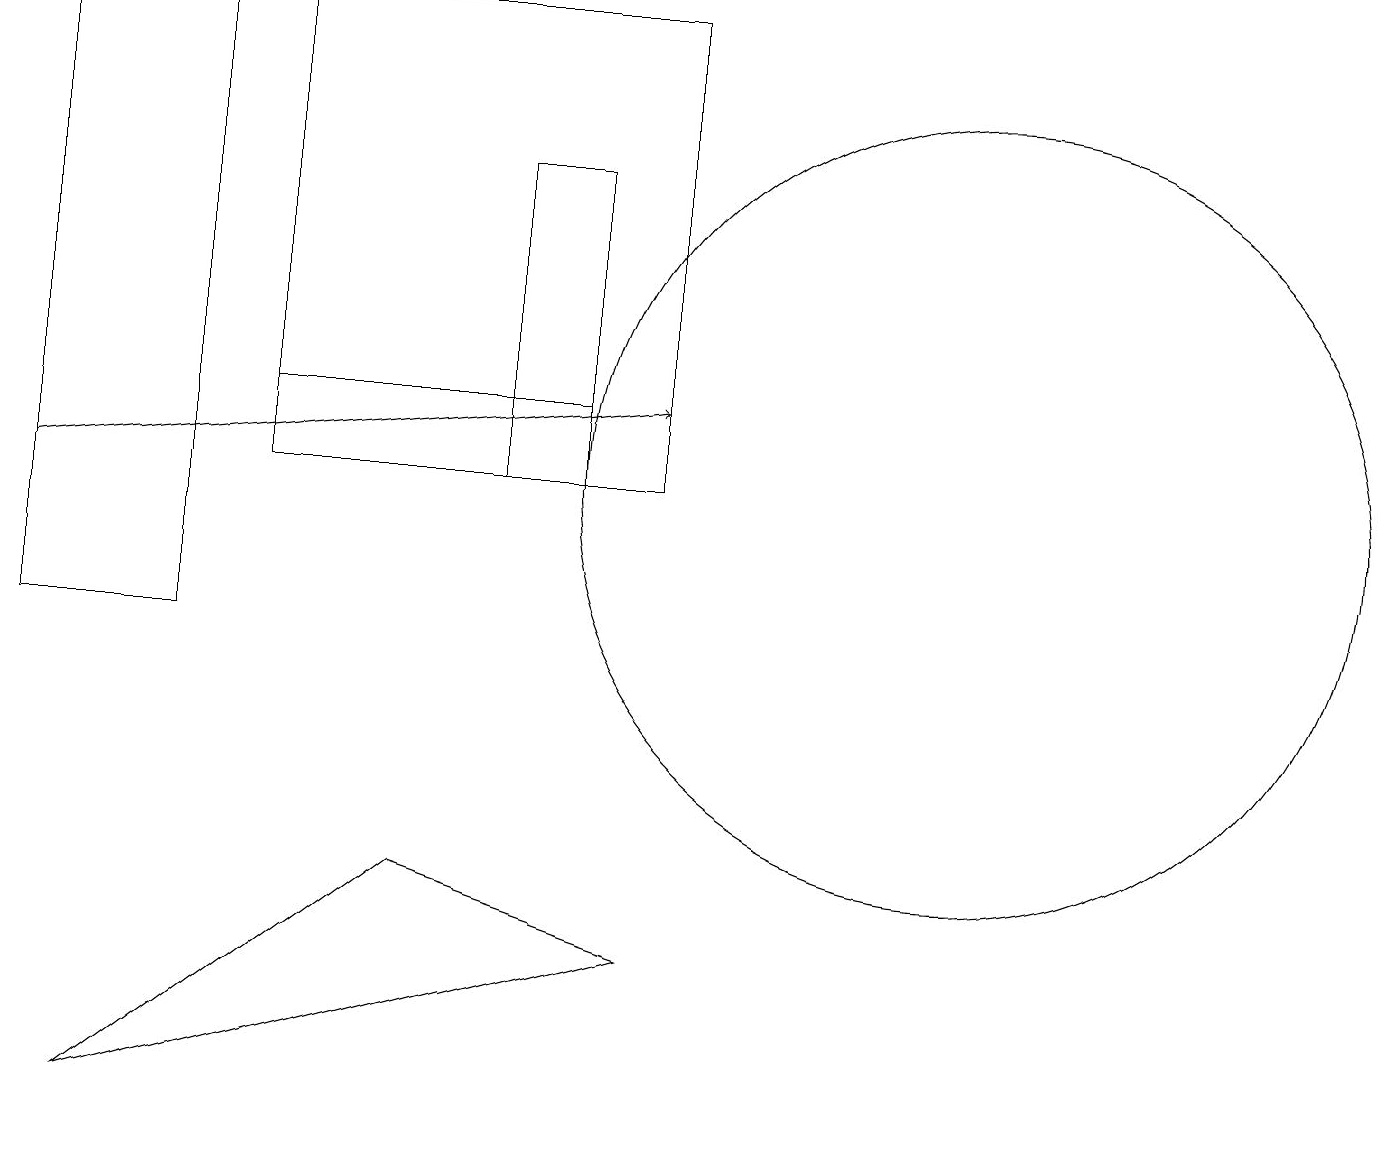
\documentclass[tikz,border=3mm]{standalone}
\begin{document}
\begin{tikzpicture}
\draw (12,12) circle (5);
\draw (7,13) rectangle (3,12);
\draw (0,10) rectangle (2,18);
\draw (6,12) rectangle (7,16);
\draw (8,6) -- (1,4) -- (5,7) -- cycle;
\draw (8,12) rectangle (3,18);
\draw[->] (0,12) -- (8,13);
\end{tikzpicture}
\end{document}